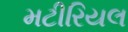
મટીરિયલ